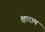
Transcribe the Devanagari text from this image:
क्षाराम